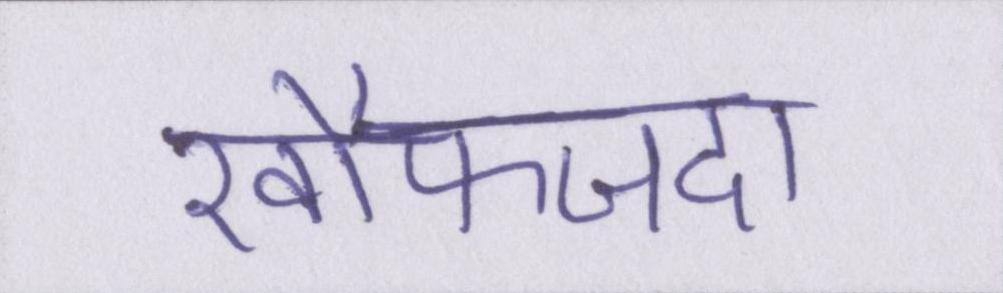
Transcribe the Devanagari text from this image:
खौफजदा